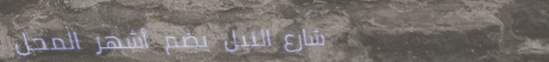
شارع النيل يضم أشهر المحل